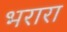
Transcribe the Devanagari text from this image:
भरारा